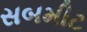
સબમીટ